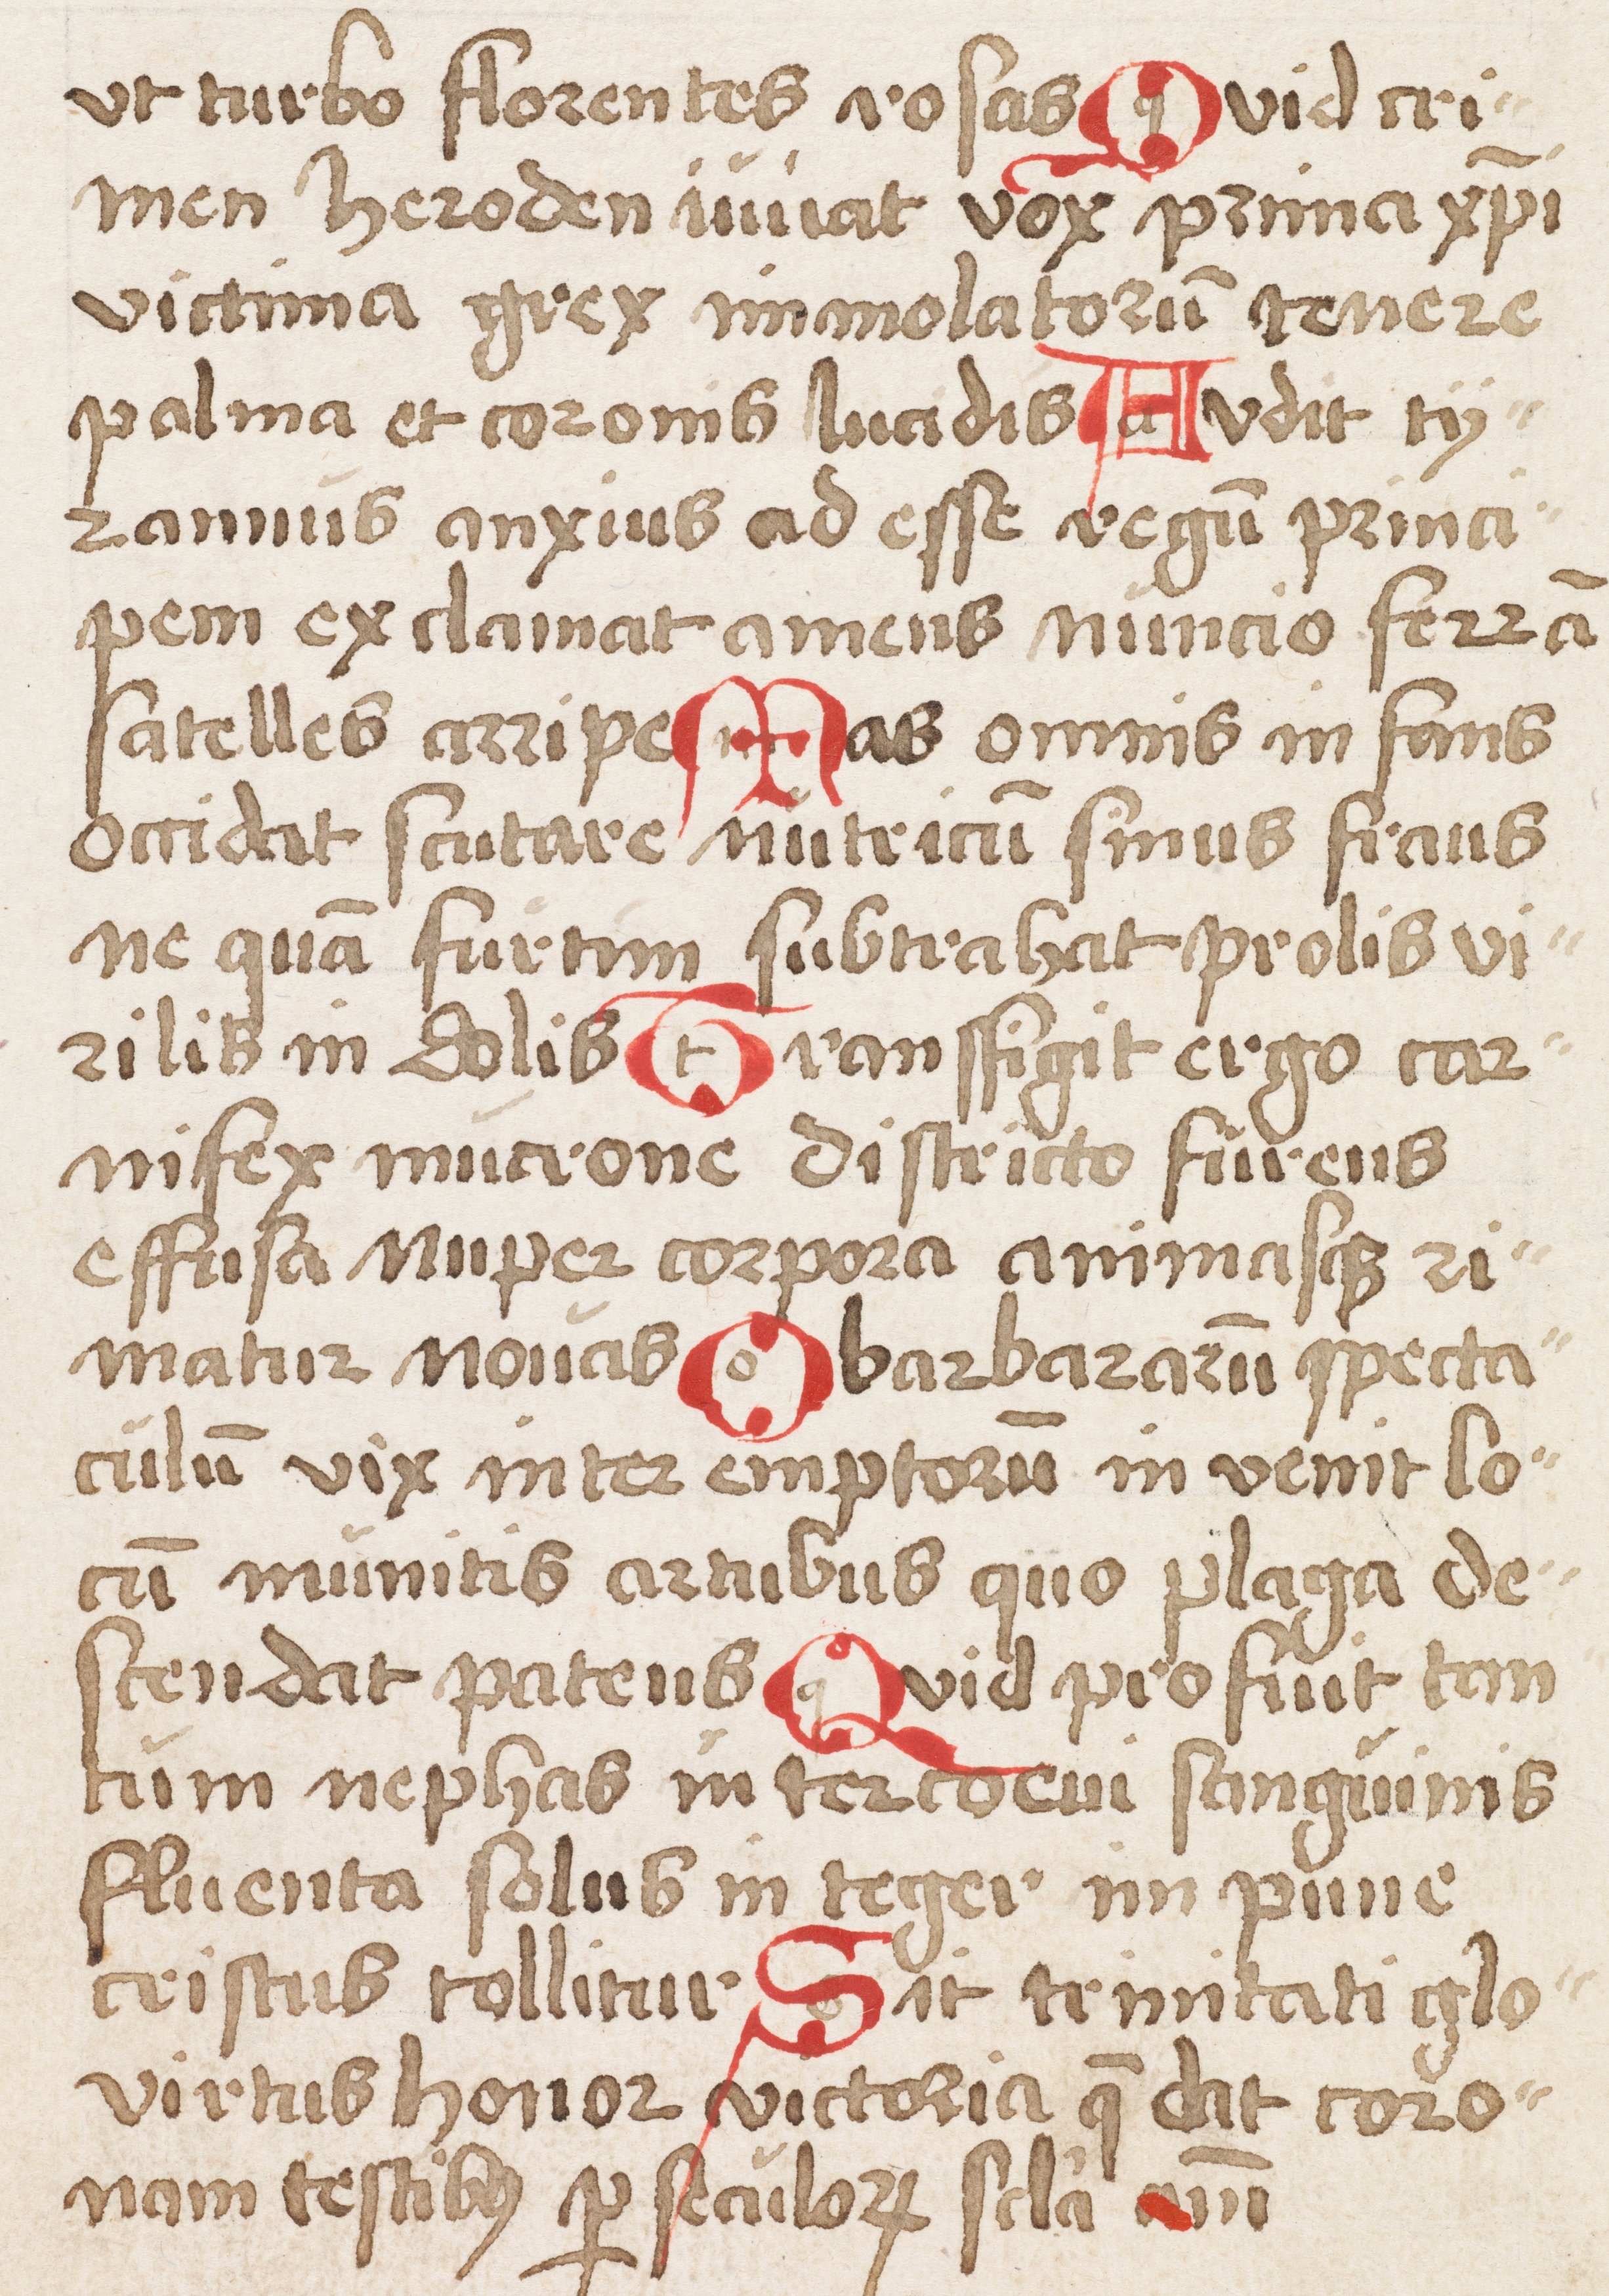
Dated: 1500–1524